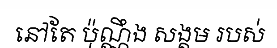
នៅតែ ប៉ុណ្ណឹង សង្គម របស់